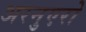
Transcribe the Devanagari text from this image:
अरनुएरो